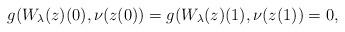
LaTeX: \begin{align*}g(W_{\lambda}(z)(0),\nu(z(0))=g(W_{\lambda}(z)(1),\nu(z(1)) =0,\end{align*}